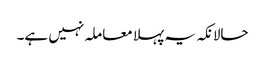
حالانکہ یہ پہلا معاملہ نہیں ہے۔